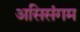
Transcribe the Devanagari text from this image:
असिसंगम